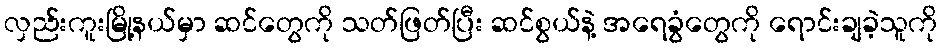
လှည်းကူးမြို့နယ်မှာ ဆင်တွေကို သတ်ဖြတ်ပြီး ဆင်စွယ်နဲ့ အရေခွံတွေကို ရောင်းချခဲ့သူကို